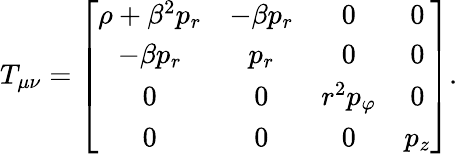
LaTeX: T_{\mu\nu}=\left[\begin{array}{cccc}{\rho+\beta^{2}p_{r}}&{-\beta p_{r}}&{0}&{0}\\ {-\beta p_{r}}&{p_{r}}&{0}&{0}\\ {0}&{0}&{r^{2}p_{\varphi}}&{0}\\ {0}&{0}&{0}&{p_{z}}\end{array}\right].